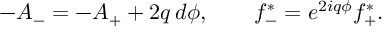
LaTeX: - A _ { - } = - A _ { + } + 2 q \, d \phi , \qquad f _ { - } ^ { * } = e ^ { 2 i q \phi } f _ { + } ^ { * } .